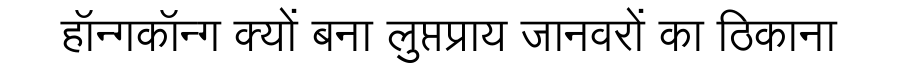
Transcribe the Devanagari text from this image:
हॉन्गकॉन्ग क्यों बना लुप्तप्राय जानवरों का ठिकाना